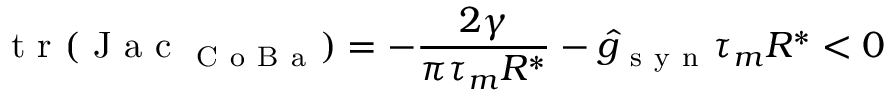
\mathrm { ~ t ~ r ~ } ( \mathrm { ~ J ~ a ~ c ~ } _ { \mathrm { ~ C ~ o ~ B ~ a ~ } } ) = - \frac { 2 \gamma } { \pi \tau _ { m } R ^ { * } } - \hat { g } _ { \mathrm { ~ s ~ y ~ n ~ } } \tau _ { m } R ^ { * } < 0